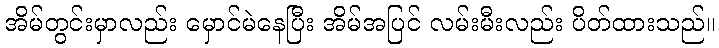
အိမ်တွင်းမှာလည်း မှောင်မဲနေပြီး အိမ်အပြင် လမ်းမီးလည်း ပိတ်ထားသည်။